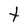
Character: t